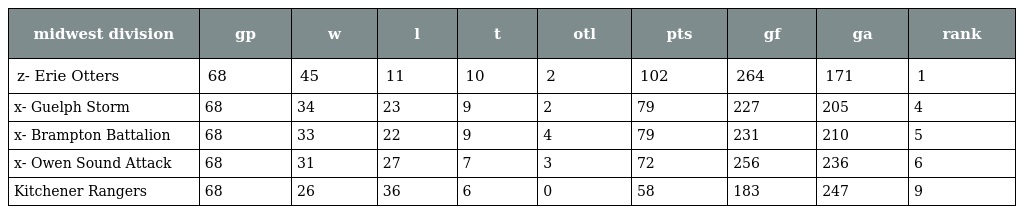
| midwest division | gp | w | l | t | otl | pts | gf | ga | rank |
 | --- | --- | --- | --- | --- | --- | --- | --- | --- | --- |
 | z- Erie Otters | 68 | 45 | 11 | 10 | 2 | 102 | 264 | 171 | 1 |
 | x- Guelph Storm | 68 | 34 | 23 | 9 | 2 | 79 | 227 | 205 | 4 |
 | x- Brampton Battalion | 68 | 33 | 22 | 9 | 4 | 79 | 231 | 210 | 5 |
 | x- Owen Sound Attack | 68 | 31 | 27 | 7 | 3 | 72 | 256 | 236 | 6 |
 | Kitchener Rangers | 68 | 26 | 36 | 6 | 0 | 58 | 183 | 247 | 9 |